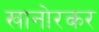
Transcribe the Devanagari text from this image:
खानोरकर